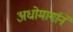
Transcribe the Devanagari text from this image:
अधोमार्गाने